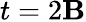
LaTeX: t=2\mathbf{B}